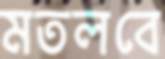
মতলবে